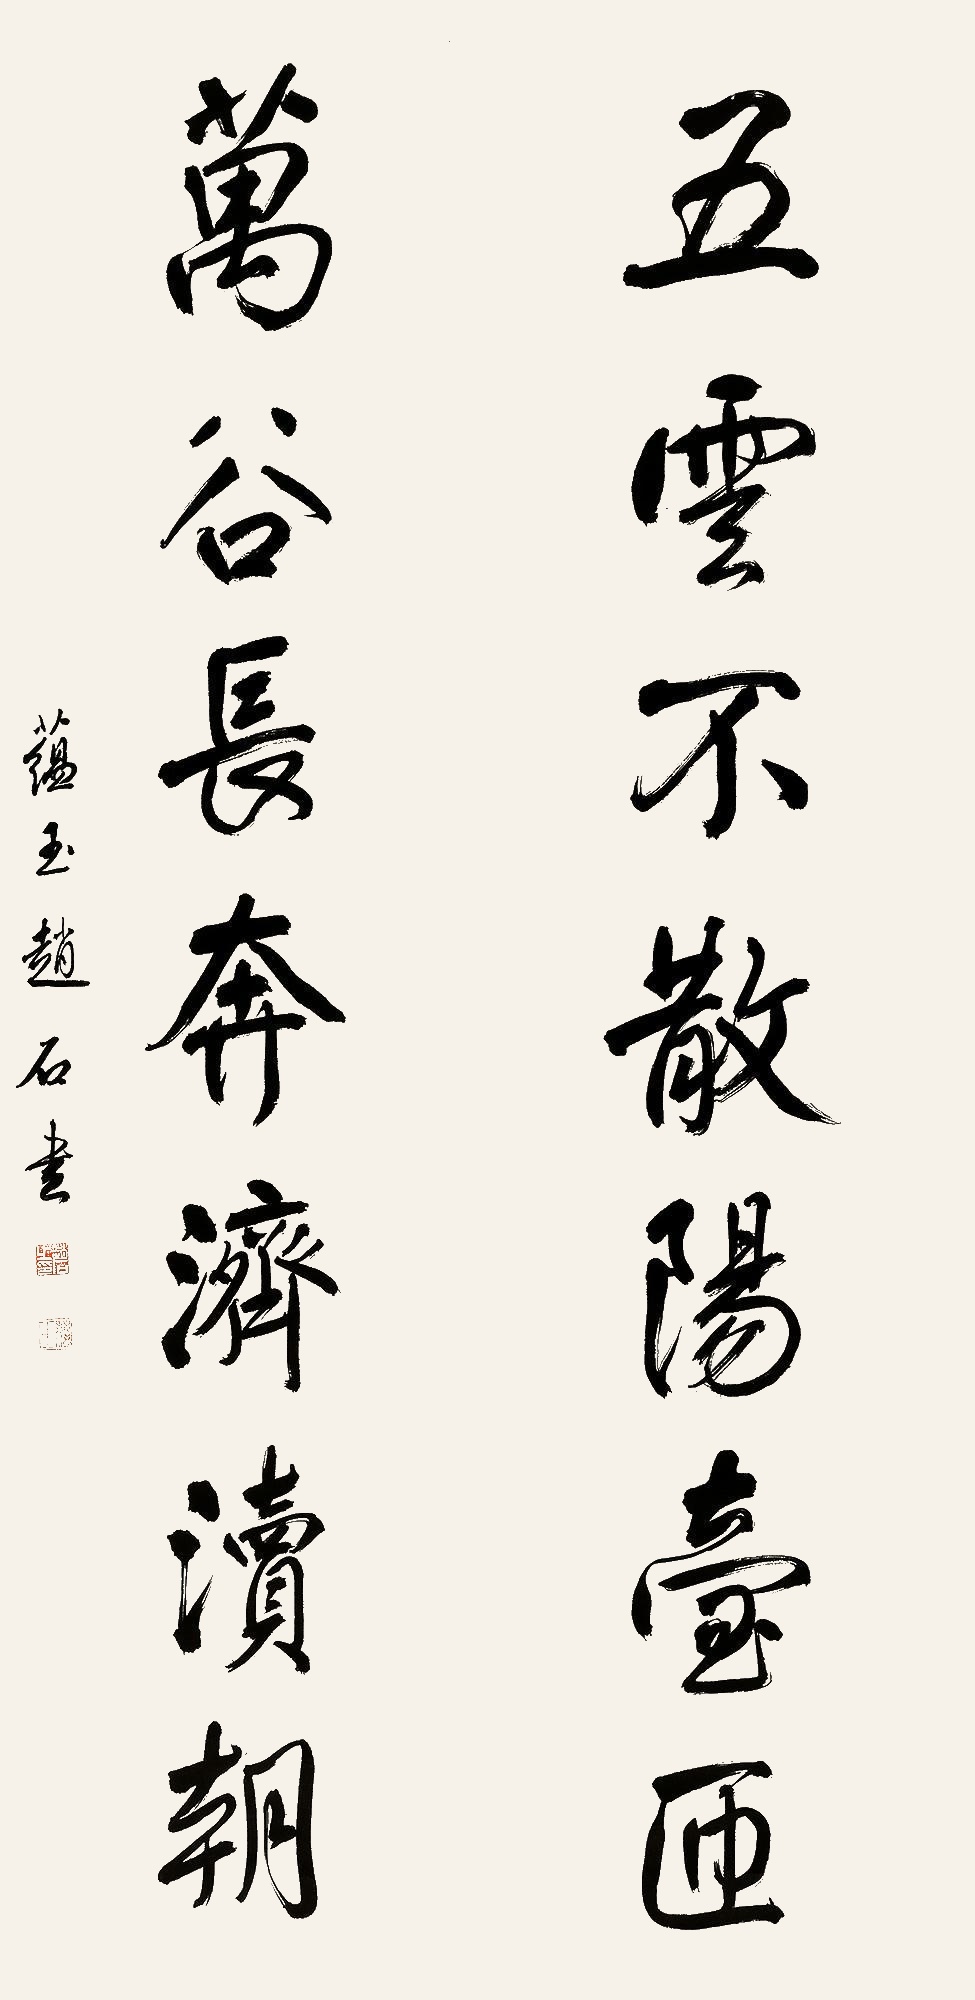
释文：五云不散阳台匝，万谷长奔济渎朝。蕴玉赵石书。